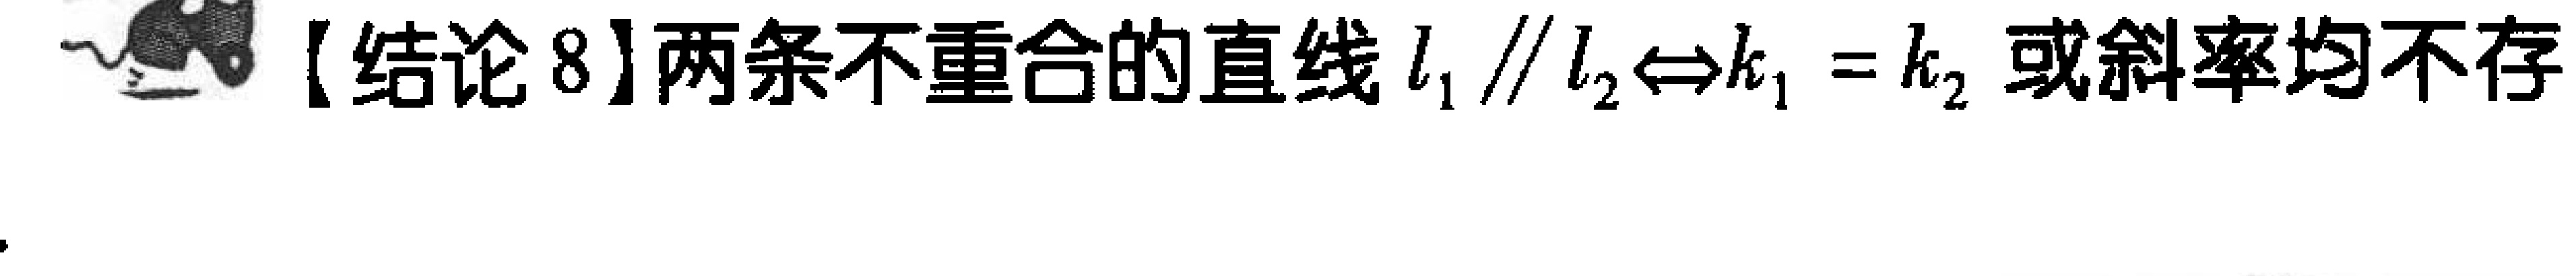
【结论8】两条不重合的直线 \(l_1 \parallel l_2 \Leftrightarrow k_1 = k_2\) 或斜率均不存